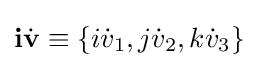
\mathbf {i} {\dot {\mathbf {v} }}\equiv \{i{\dot {v}}_{1},j{\dot {v}}_{2},k{\dot {v}}_{3}\}